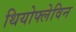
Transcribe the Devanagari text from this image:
थियोफ्लेविन